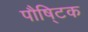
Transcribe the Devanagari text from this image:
पौषि्टक